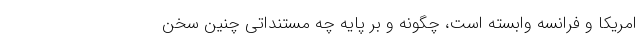
امریکا و فرانسه وابسته است، چگونه و بر پایه چه مستنداتی چنین سخن